Civil Veterinary Department. Madras. Admin. report 1926-33 - 1926-1933
Year: 1926
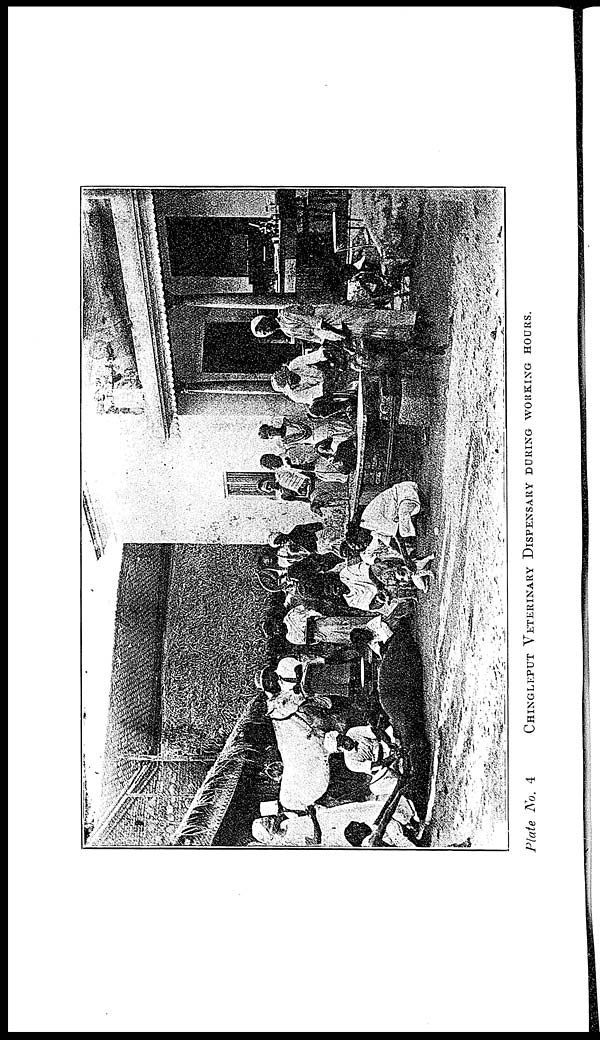
Plate No. 4 CHINGLEPUT VETERINARY DISPENSARIES DURING THE WORK HOURS.